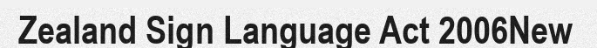
Zealand Sign Language Act 2006New